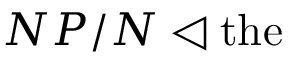
N P / N \triangleleft { \mathrm { t h e } }